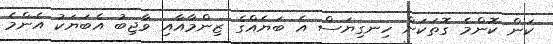
ކަން ކޮންމެ ގޮތަކަށް ހިނގިޔަސް އެ ބަޔެއްގެ ޒިންމާއާއި ވާޖިބު އެބަޔަކު އެންމެ